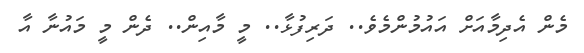
މެން އެދިމާއަށް އައުމުންމެވެ.. ދަރިފުޅާ.. މީ މާއިން.. ދެން މީ މައުނާ އާ